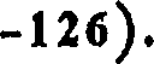
-126).